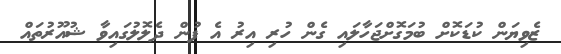
ޒެވިޔަން ކުޑަކޮށް ބުމަގޮށްޖަހާލައި ގެން ހުރި އިރު އެ ފުން ދެލޮލުގައިވާ ޝުއޫރުތައް